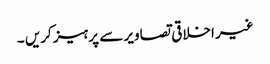
غیر اخلاقی تصاویر سے پرہیز کریں ۔